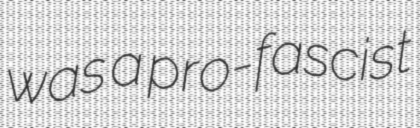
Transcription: was a pro-fascist